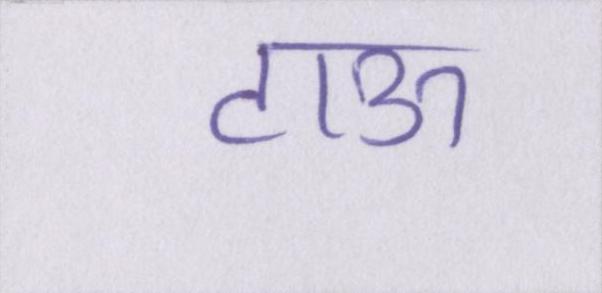
टाऊ